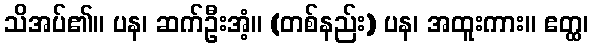
သိအပ်၏။ ပန၊ ဆက်ဦးအံ့။ (တစ်နည်း) ပန၊ အထူးကား။ ဧတ္ထ၊